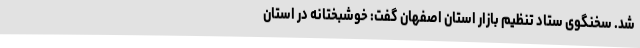
شد. سخنگوی ستاد تنظیم بازار استان اصفهان گفت: خوشبختانه در استان